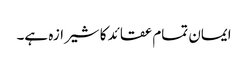
ایمان تمام عقائد کا شیرازہ ہے۔